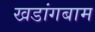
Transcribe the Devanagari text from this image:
खडांगबाम